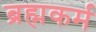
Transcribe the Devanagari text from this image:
ब्रह्मकर्म